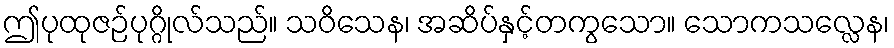
ဤပုထုဇဉ်ပုဂ္ဂိုလ်သည်။ သဝိသေန၊ အဆိပ်နှင့်တကွသော။ သောကသလ္လေန၊